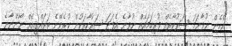
"އެހެން ނުވާނަމަ ސަރުކާރެއް ފުރިހަމައެއް ނުވާނެ އެފަދަ ސަރުކާރަކުން ކުރެވޭނެ ތަރައްގީއެއް ނޯންނާނެ